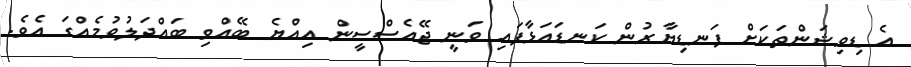
އެ ޑިވިޝަންތަކަށް ފަނޑިޔާރުން ކަނޑައަޅާފައި ވަނީ ޖޭއެސްސީން އިއްޔެ ބޭއްވި ބައްދަލުވުމެއްގަ އެވެ.